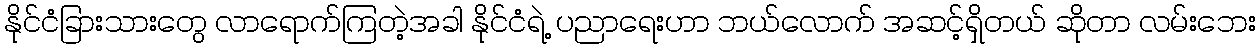
နိုင်ငံခြားသားတွေ လာရောက်ကြတဲ့အခါ နိုင်ငံရဲ့ ပညာရေးဟာ ဘယ်လောက် အဆင့်ရှိတယ် ဆိုတာ လမ်းဘေး